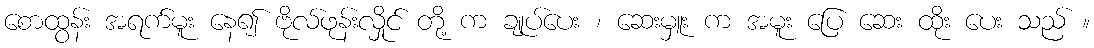
စောထွန်း အရက်မူး နေ၍ ဗိုလ်ဖုန်းလှိုင် တို့ က ချုပ်ပေး ၊ ဆေးမှူး က အမူး ပြေ ဆေး ထိုး ပေး သည် ။